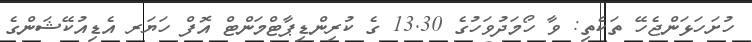
ހުށަހަޅަންޖެހޭ ތަކެތި: ވާ ހޯމަދުވަހުގެ 13.30 ގެ ކުރިންޑިޕާޓްމަންޓް އޮފް ހަޔަރ އެޑިއުކޭޝަންގެ